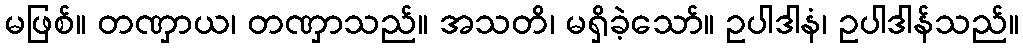
မဖြစ်။ တဏှာယ၊ တဏှာသည်။ အသတိ၊ မရှိခဲ့သော်။ ဥပါဒါနံ၊ ဥပါဒါန်သည်။